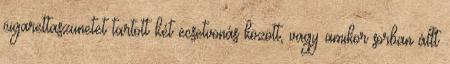
cigarettaszünetet tartott két ecsetvonás között, vagy amikor sorban állt